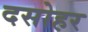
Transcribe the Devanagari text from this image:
दसोहर